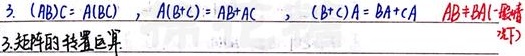
3. \((ABC)=A(BC)\)，\(A(B + C)=AB + AC\)，\((B + C)A=BA + CA\)，\(AB\neq BA\)（一般情况下）
3. 矩阵的转置运算